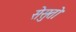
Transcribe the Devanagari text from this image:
सेसुतो